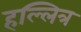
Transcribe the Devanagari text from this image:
हल्लित्र